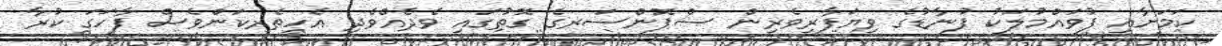
ކަމަށާއި ފުވައްމުލަކު ފުނާޑުގެ ވިޔަފާރިވެރިން ސްޕޮންސަރގެ ގޮތުގައި ވެދެއްވެދި އެހީތެރކަންވެސް ފާހަގަ ކުރާ